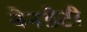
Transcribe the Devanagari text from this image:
बेनडेटी